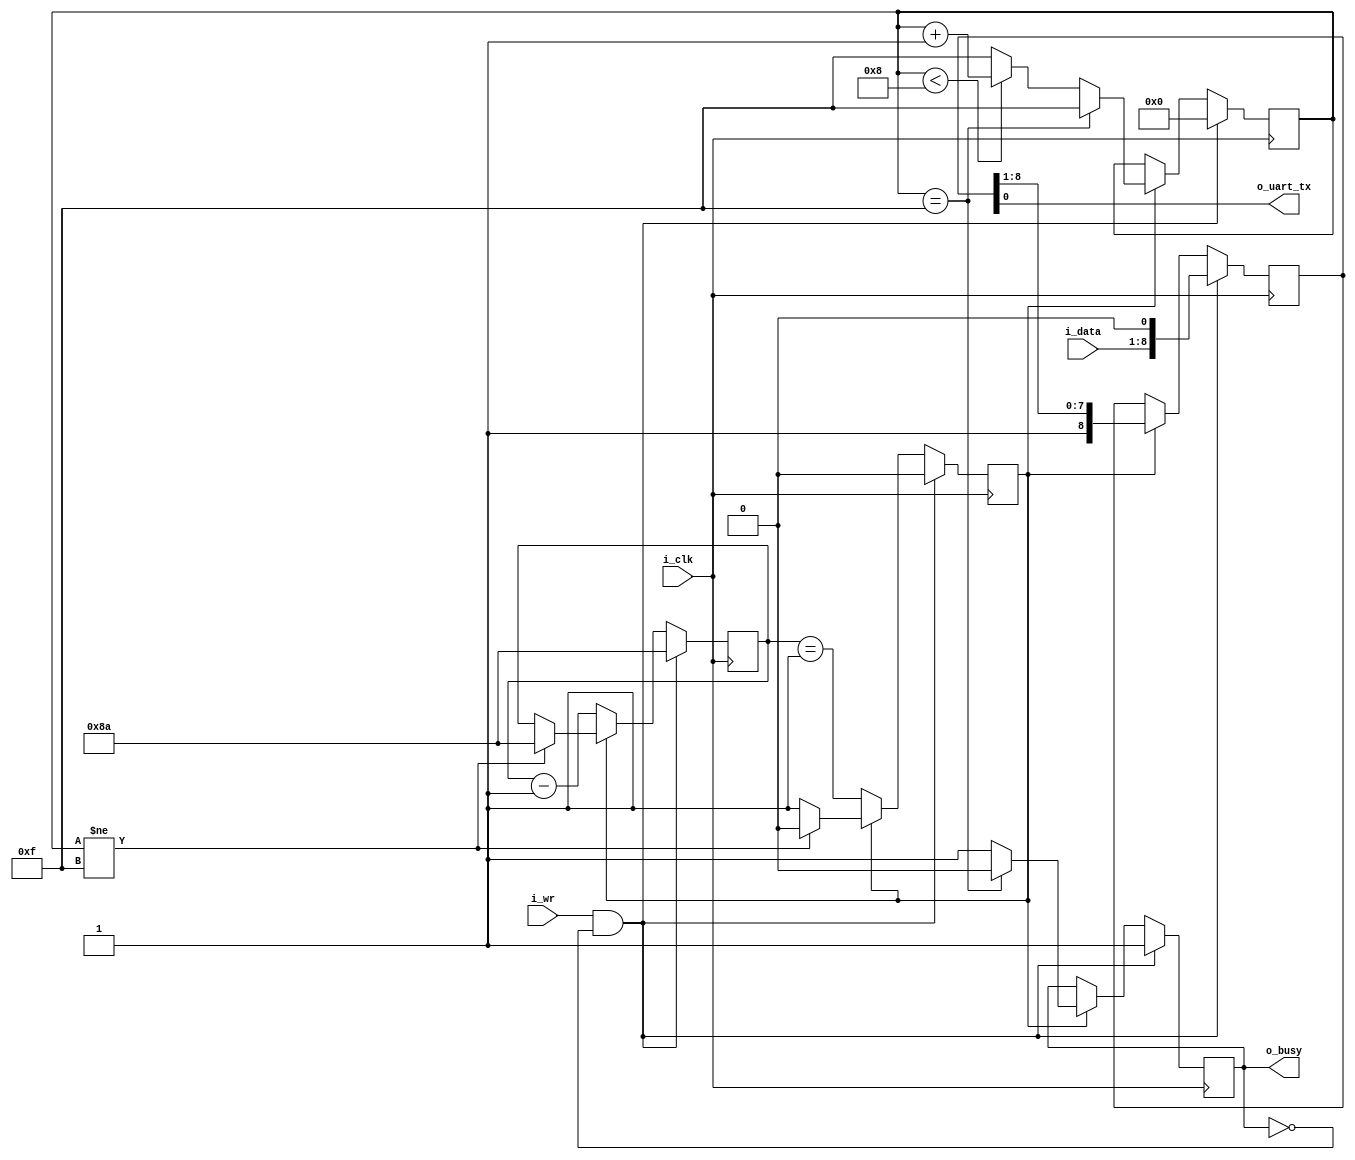
`default_nettype    none

module txuart(
    input wire i_clk,

    input wire i_wr,
    input wire [7:0] i_data,

    output reg o_busy,
    output wire o_uart_tx
);
    // 115200 @16 MHz
    parameter   [23:0]  CLOCKS_PER_BAUD = 24'd139;
    reg         [23:0]  counter;
    reg         [3:0]   state;

    reg                 baud_stb;

    reg         [8:0]   lcl_data;

    localparam  [3:0]   START = 4'h0,
        BIT_ZERO              = 4'h1,
        BIT_ONE               = 4'h2,
        BIT_TWO               = 4'h3,
        BIT_THREE             = 4'h4,
        BIT_FOUR              = 4'h5,
        BIT_FIVE              = 4'h6,
        BIT_SIX               = 4'h7,
        BIT_SEVEN             = 4'h8,
        LAST                  = 4'h8,
        IDLE                  = 4'hF;

    initial o_busy = 1'b0;
    initial state = IDLE;
    always @(posedge i_clk)
    if ((i_wr) && (!o_busy))
        { o_busy, state } <= { 1'b1, START };
    else if (baud_stb) begin
        if (state == IDLE)
            { o_busy, state } <= { 1'b0, IDLE };
        else if (state < LAST) begin
            o_busy <= 1'b1;
            state <= state + 1'b1;
        end else
            { o_busy, state } <= { 1'b1, IDLE };
    end

    initial lcl_data = 9'h1FF;
    always @(posedge i_clk)
    if ((i_wr) && (!o_busy))
        lcl_data <= { i_data, 1'b0 };
    else if (baud_stb)
        lcl_data <= { 1'b1, lcl_data[8:1] };

    assign o_uart_tx = lcl_data[0];

    initial baud_stb = 1'b1;
    initial counter = 0;
    always @(posedge i_clk) begin
        if ((i_wr) && (!o_busy)) begin
            counter <= CLOCKS_PER_BAUD - 1'b1;
            baud_stb <= 1'b0;
        end else if (!baud_stb) begin
            baud_stb <= (counter == 24'h01);
            counter <= counter - 1'b1;
        end else if (state != IDLE) begin
            counter <= CLOCKS_PER_BAUD - 1'b1;
            baud_stb <= 1'b0;
        end
    end
endmodule